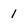
Character: 1